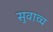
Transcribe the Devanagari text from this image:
सुवाच्च